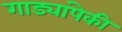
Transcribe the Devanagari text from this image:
गाड्यांपेकी